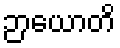
ဉာယောတိ